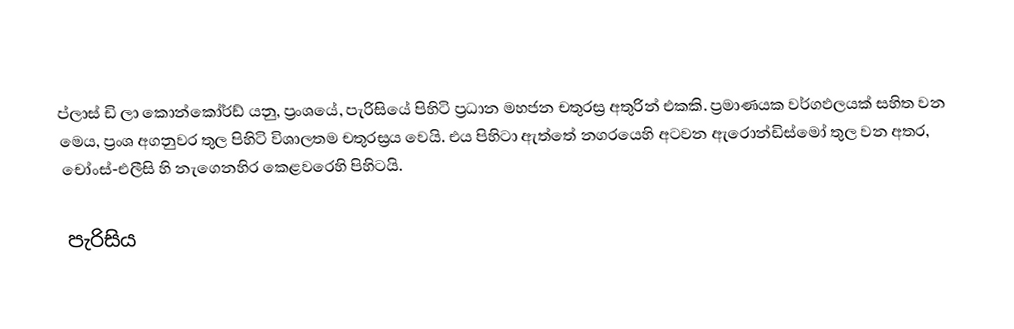
ප්ලාස් ඩි ලා කොන්කෝර්ඩ් යනු, ප්‍රංශයේ,  පැරිසියේ පිහිටි ප්‍රධාන මහජන චතුරස්‍ර අතුරින් එකකි.  ප්‍රමාණයක වර්ගඵලයක් සහිත වන මෙය, ප්‍රංශ අගනුවර තුල පිහිටි විශාලතම චතුරස්‍රය වෙයි. එය පිහිටා ඇත්තේ නගරයෙහි  අටවන ඇරොන්ඩිස්මෝ තුල වන අතර, චෝංස්-එලීසි හි නැගෙනහිර කෙළවරෙහි පිහිටයි.

පැරිසිය